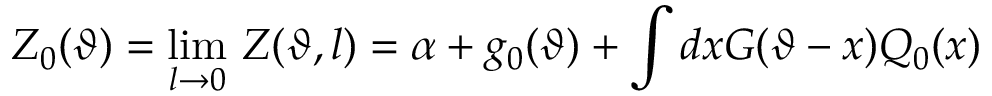
Z _ { 0 } ( \vartheta ) = \operatorname * { l i m } _ { l \rightarrow 0 } \, Z ( \vartheta , l ) = \alpha + g _ { 0 } ( \vartheta ) + \displaystyle \int d x G ( \vartheta - x ) { \cal Q } _ { 0 } ( x )